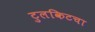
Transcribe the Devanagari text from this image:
टुलकिटचा